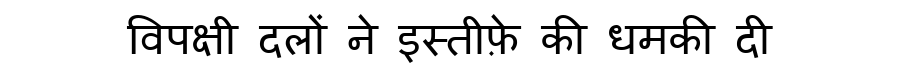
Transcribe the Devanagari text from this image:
विपक्षी दलों ने इस्तीफ़े की धमकी दी